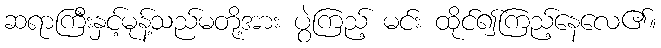
ဆရာကြီးနှင့်မုန့်သည်မတို့အား ပွဲကြည့် မင်း ထိုင်၍ကြည့်နေလေ၏။